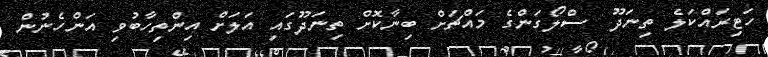
ހަޓިރައްކަލެ ތިނަދޫ  ސްލޯގަންގެ މައްޗަށް ބިނާކޮށް ތިނަދޫގައި އަލަށް އިންތިހާބުވި އަންހެނުން